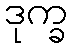
ဒုက္ခ